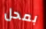
بمحل